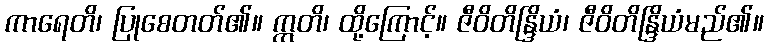
ကာရေတိ၊ ပြုစေတတ်၏။ ဣတိ၊ ထို့ကြောင့်။ ဇီဝိတိန္ဒြိယံ၊ ဇီဝိတိန္ဒြိယံမည်၏။